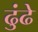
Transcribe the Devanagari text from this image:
ढुंढे